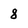
Character: 8